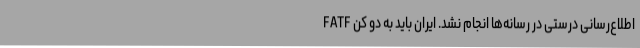
FATF اطلاع‌رسانی درستی در رسانه‌ها انجام نشد. ایران باید به دو کن